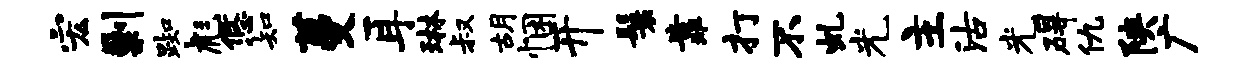
宏剿踟彪悠知蔓耳琳叔胡悃开鬟靠打不虬光主沽光碍仇陕广